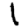
Digit: 1